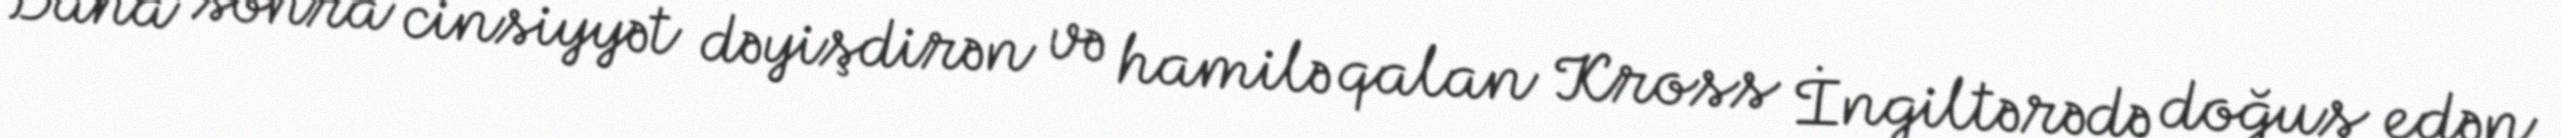
Daha sonra cinsiyyət dəyişdirən və hamilə qalan Kross İngiltərədə doğuş edən